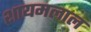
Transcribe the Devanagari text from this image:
शायमलाल